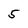
Character: 5